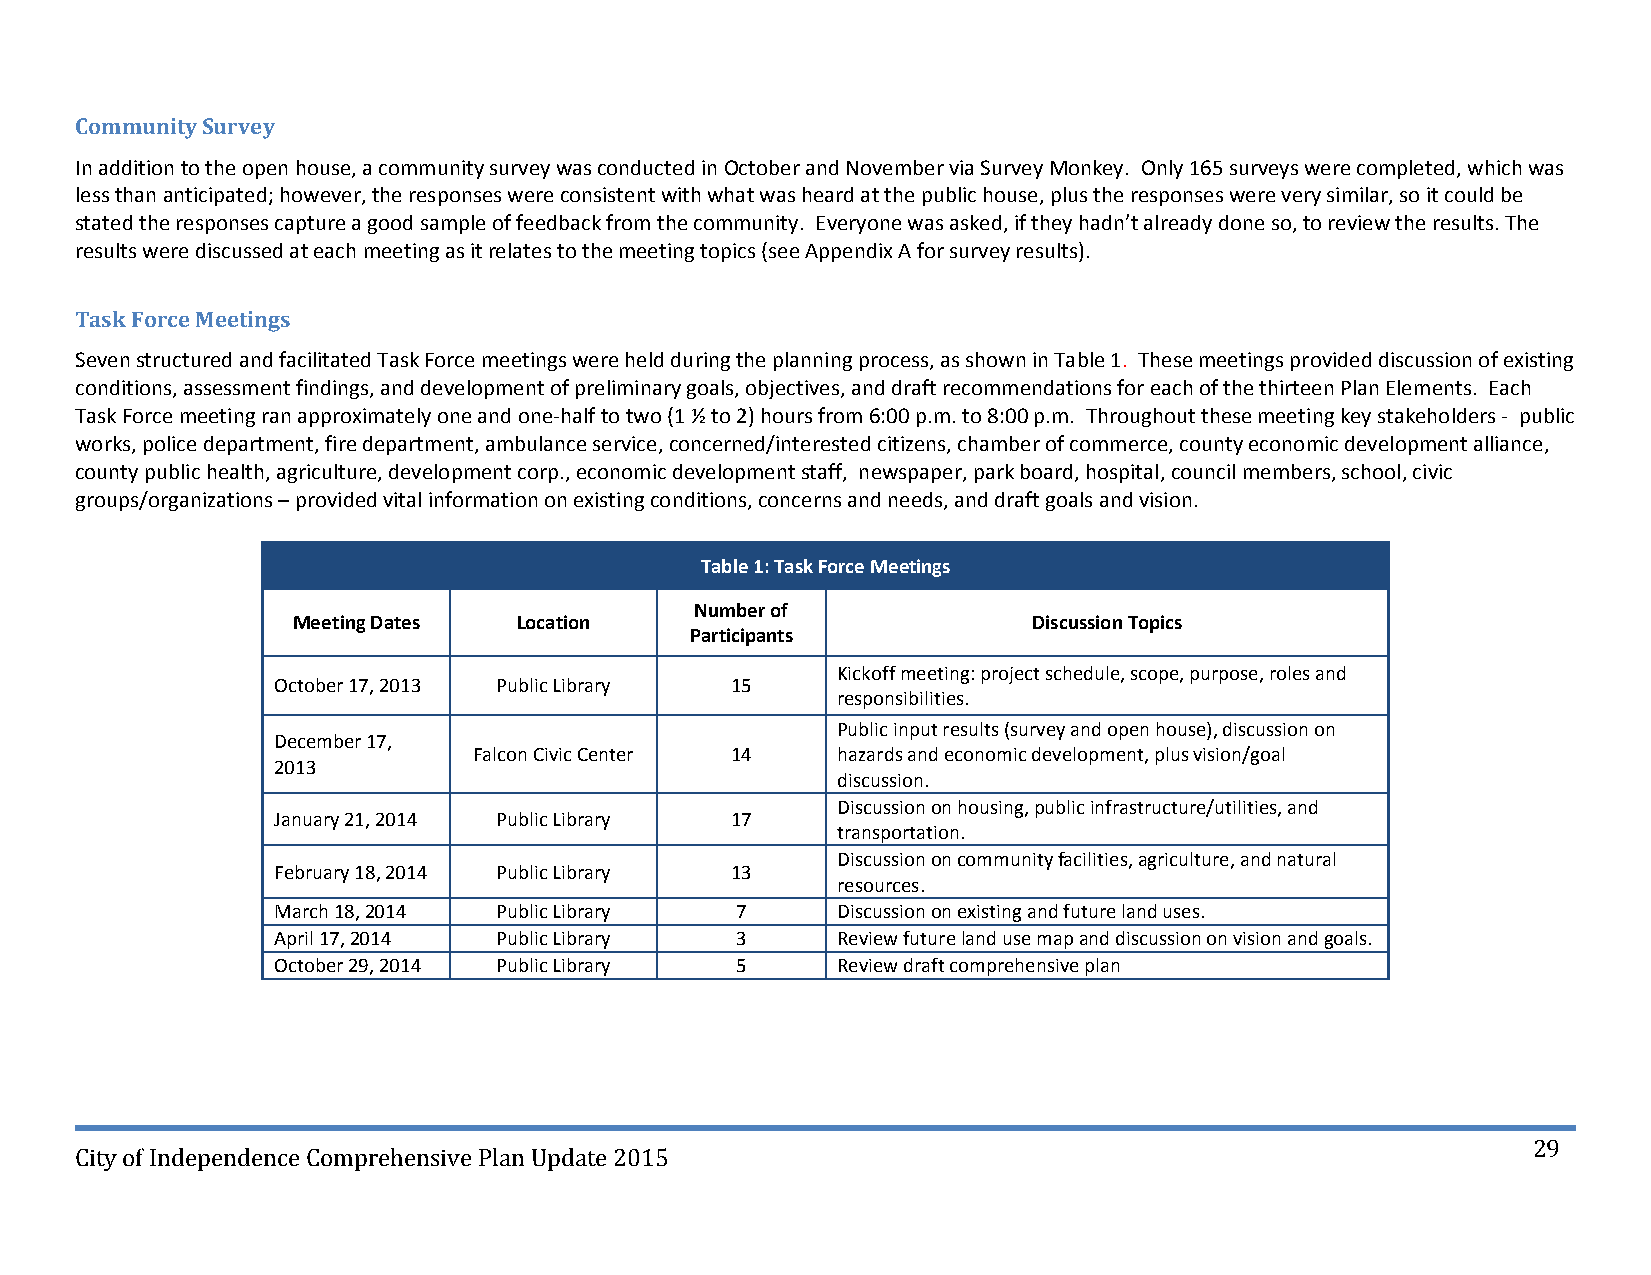
Community Survey
 In addition to the open house, a community survey was conducted in October and November via Survey Monkey. Only 165 surveys were completed, which was
 less than anticipated; however, the responses were consistent with what was heard at the public house, plus the responses were very similar, so it could be
 stated the responses capture a good sample of feedback from the community. Everyone was asked, if they hadn’t already done so, to review the results. The
 results were discussed at each meeting as it relates to the meeting topics (see Appendix A for survey results).
 Task Force Meetings
 Seven structured and facilitated Task Force meetings were held during the planning process, as shown in Table 1. These meetings provided discussion of existing
 conditions, assessment findings, and development of preliminary goals, objectives, and draft recommendations for each of the thirteen Plan Elements. Each
 Task Force meeting ran approximately one and one‐half to two (1 ½ to 2) hours from 6:00 p.m. to 8:00 p.m. Throughout these meeting key stakeholders ‐ public
 works, police department, fire department, ambulance service, concerned/interested citizens, chamber of commerce, county economic development alliance,
 county public health, agriculture, development corp., economic development staff, newspaper, park board, hospital, council members, school, civic
 groups/organizations – provided vital information on existing conditions, concerns and needs, and draft goals and vision.
 Table 1: Task Force Meetings
 Number of
 Meeting Dates  Location                          Discussion Topics
 Participants
 Kickoff meeting: project schedule, scope, purpose, roles and
 October 17, 2013 Public Library 15
 responsibilities.
 Public input results (survey and open house), discussion on
 December 17,
 Falcon Civic Center 14  hazards and economic development, plus vision/goal
 2013
 discussion.
 Discussion on housing, public infrastructure/utilities, and
 January 21, 2014 Public Library 17
 transportation.
 Discussion on community facilities, agriculture, and natural
 February 18, 2014 Public Library 13
 resources.
 March 18, 2014 Public Library  7     Discussion on existing and future land uses.
 April 17, 2014 Public Library  3     Review future land use map and discussion on vision and goals.
 October 29, 2014 Public Library 5    Review draft comprehensive plan
 29
 City of Independence Comprehensive Plan Update 2015